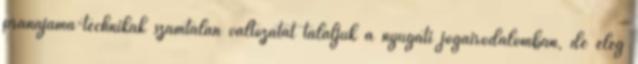
pránájáma-technikák számtalan változatát találjuk a nyugati jógairodalomban, de elég